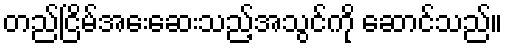
တည်ငြိမ်အေးဆေးသည့်အသွင်ကို ဆောင်သည်။